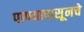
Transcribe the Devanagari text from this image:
पाण्यापासूनचे